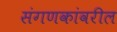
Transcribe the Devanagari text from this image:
संगणकांवरील